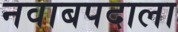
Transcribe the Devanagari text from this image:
नवाबपदाला